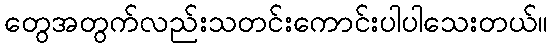
တွေအတွက်လည်းသတင်းကောင်းပါပါသေးတယ်။